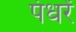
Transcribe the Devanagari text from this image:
पंधरें